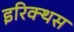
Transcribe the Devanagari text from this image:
इरिक्थस